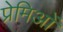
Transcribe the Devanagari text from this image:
प्रेमिओं